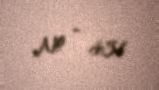
№ - 431